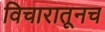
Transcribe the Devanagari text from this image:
विचारातूनच